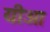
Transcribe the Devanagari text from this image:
यीओ